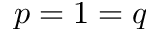
p = 1 = q